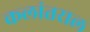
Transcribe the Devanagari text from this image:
कलांतराल